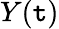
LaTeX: Y(\mathtt{t})